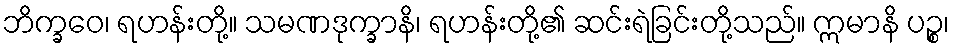
ဘိက္ခဝေ၊ ရဟန်းတို့။ သမဏဒုက္ခာနိ၊ ရဟန်းတို့၏ ဆင်းရဲခြင်းတို့သည်။ ဣမာနိ ပဉ္စ၊